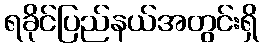
ရခိုင်ပြည်နယ်အတွင်းရှိ